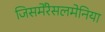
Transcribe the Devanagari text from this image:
जिसमेंरेसलमेनिया